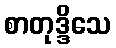
စာတုဒ္ဒိသေ